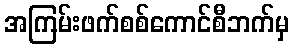
အကြမ်းဖက်စစ်ကောင်စီဘက်မှ